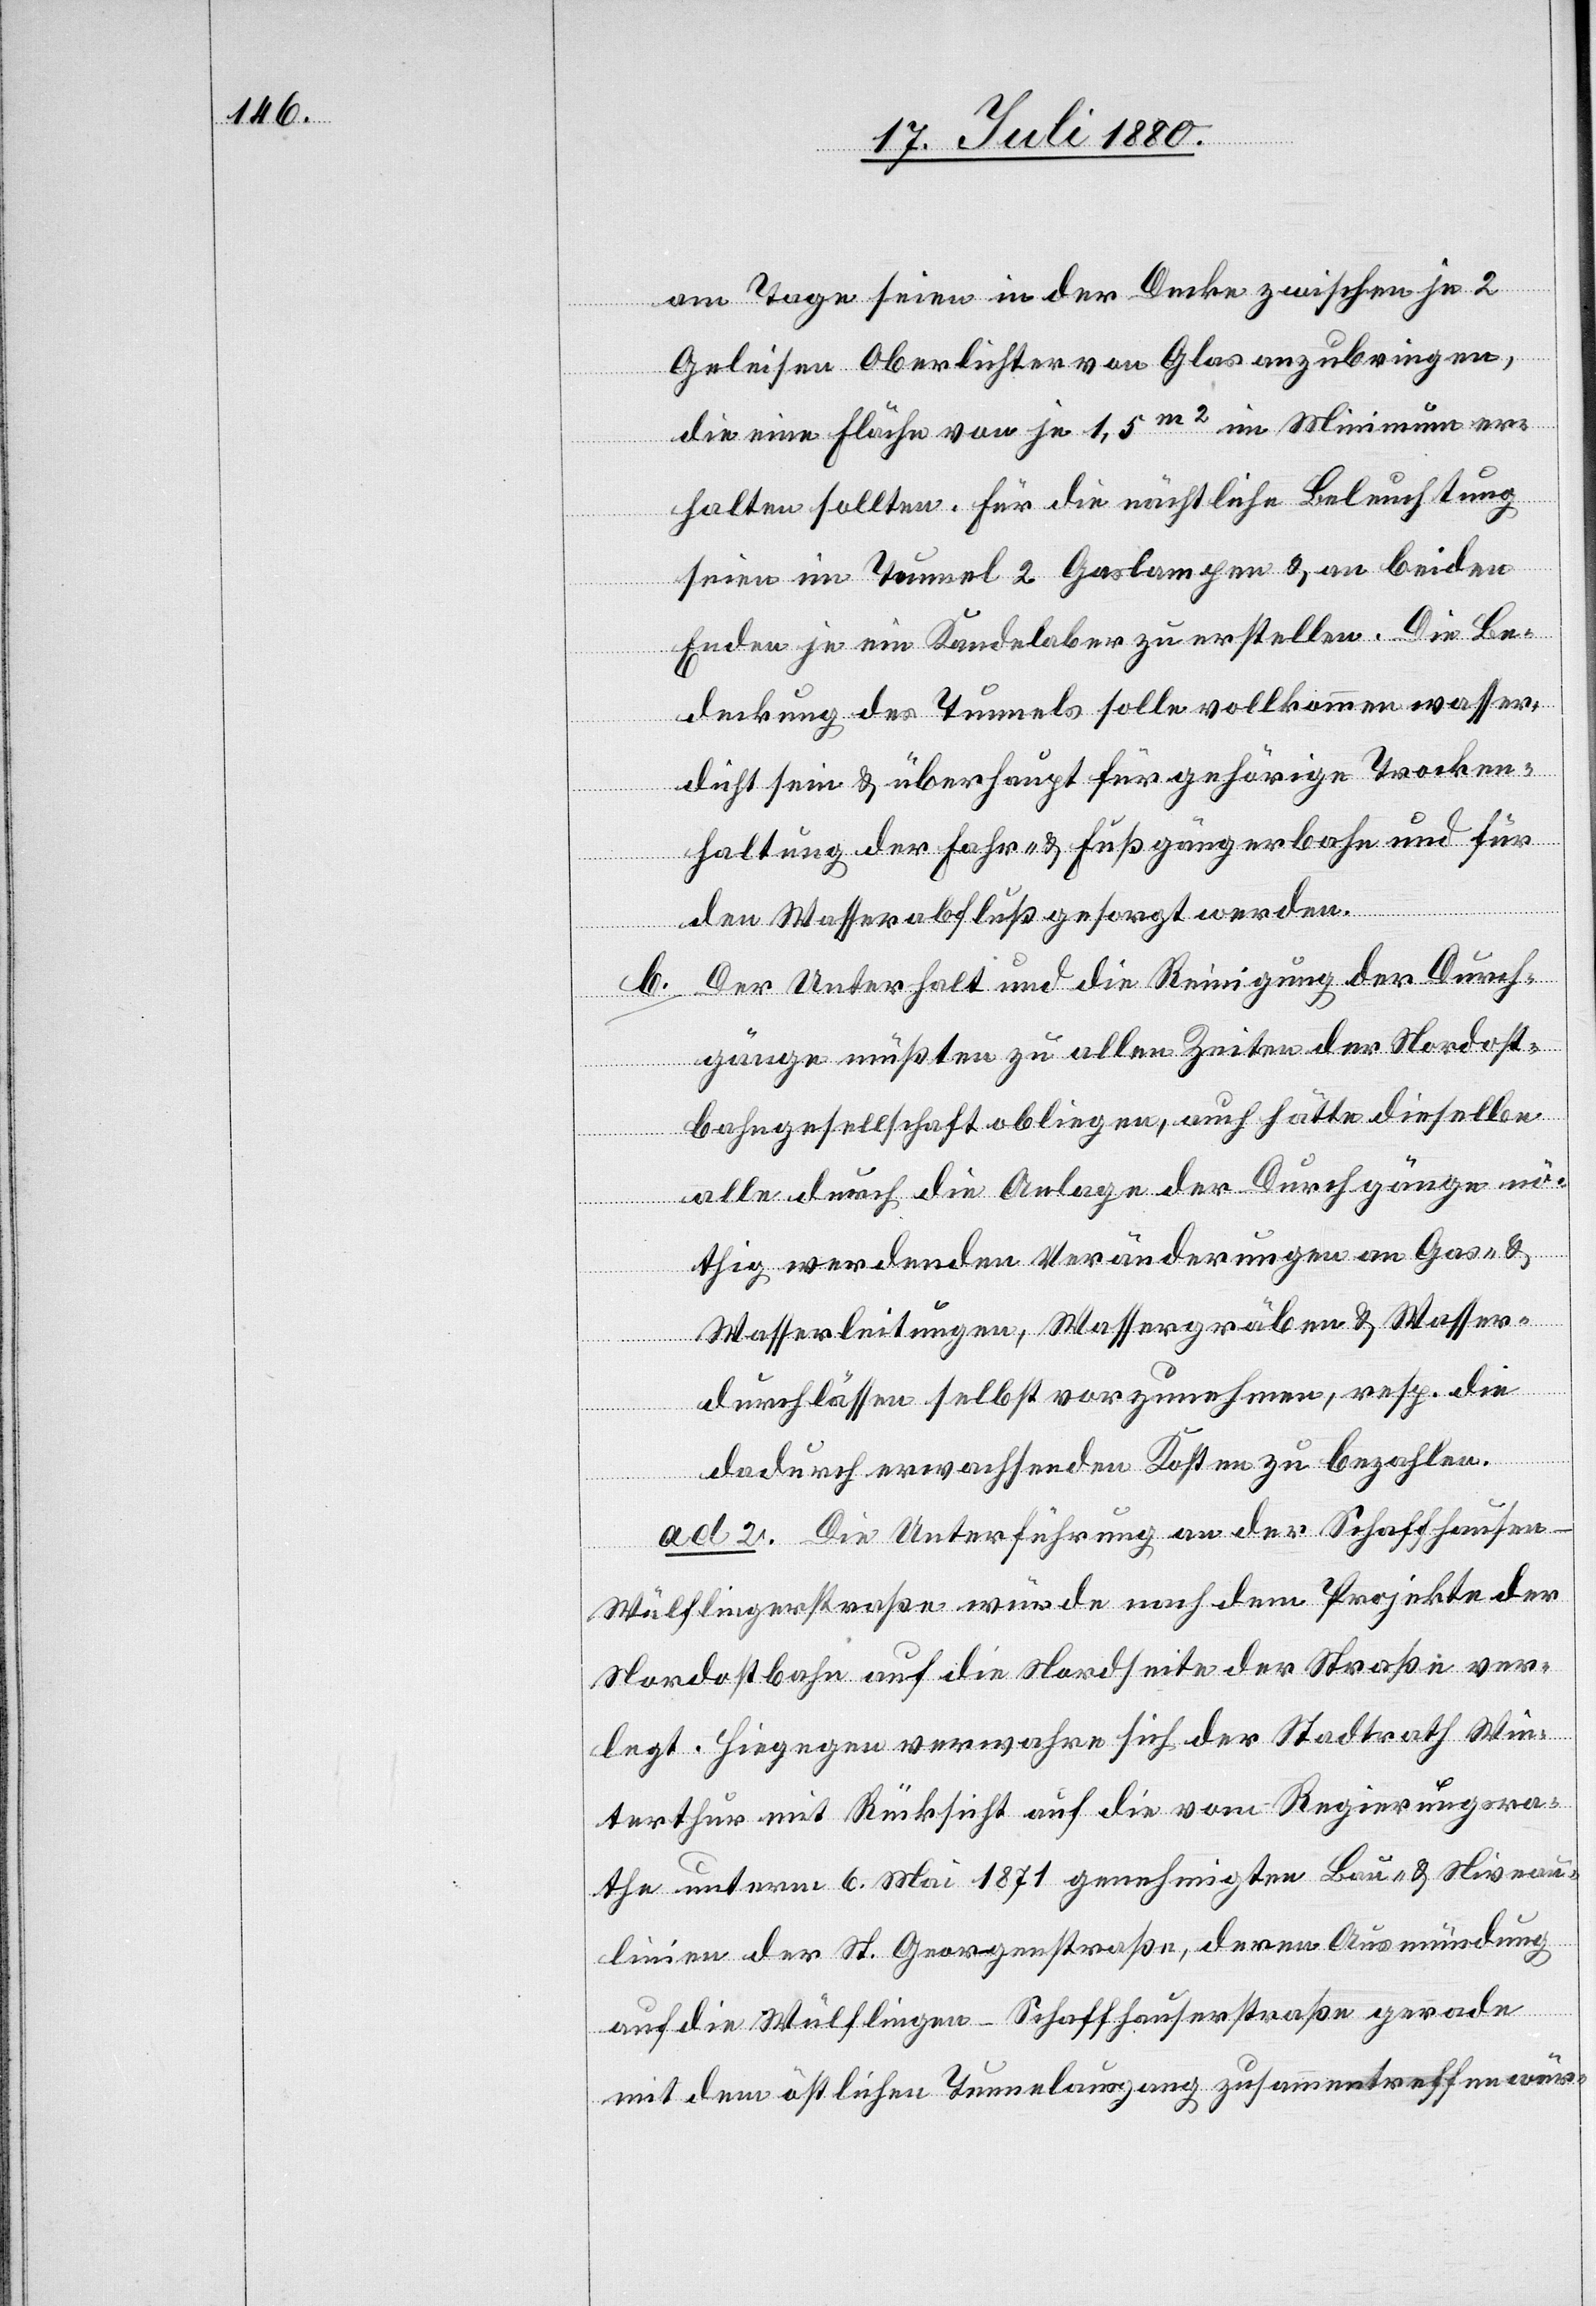
an Tagen seien in der Decke zwischen je 2
Geleisen Oberlichter von Glas anzubringen,
die eine Fläche von je 1,5 m2 im Minimum er¬
halten sollten. Für die nächtliche Beleuchtung
seien im Tunnel 2 Gaslampen & an beiden
Enden je ein Kandelaber zu erstellen. Die Be¬
deckung des Tunnels solle vollkommen wasser¬
dicht sein & überhaupt für gehörige Trocken¬
haltung der Fahr- & Fußgängerbahn und
den Wasserabfluß gesorgt werden.
Der Unterhalt und die Reinigung der Durch¬
b.
gänge müßten zu allen Zeiten der Nordost¬
bahngesellschaft obliegen, auch hätte dieselbe
alle durch die Anlage der Durchgänge nö¬
thig werdenden Veränderungen an Gas- &
Wasserleitungen, Wassergräben & Wasser¬
durchlässen selbst vorzunehmen, resp. die
dadurch erwachsenden Kosten zu bezahlen.
ad. 2. Die Unterführung an der Schaffhausen–W¬
ülflingerstraße würde nach dem Projekte der
Nordostbahn auf die Nordseite der Straße ver¬
legt. Hingegen verwahre sich der Stadtrath Win¬
terthur mit Rücksicht auf die vom Regierungsra¬
the unterm 6. Mai 1871 genehmigten Bau- & Niveau¬
linien der St. Georgenstraße, deren Ausmündung
auf die Wülflingen–Schaffhauserstraße gerade
mit dem östlichen Tunnelausgang zusammentreffen wür-